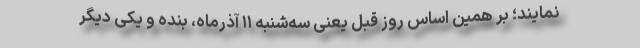
نمایند؛ بر همین اساس روز قبل یعنی سه‌شنبه ۱۱ آذرماه، بنده و یکی دیگر